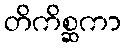
တိကိစ္ဆကာ